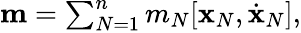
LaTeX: \begin{array}{r}{{\mathbf m}=\sum_{N=1}^{n}m_{N}[{\mathbf x}_{N},\dot{\mathbf x}_{N}],}\end{array}